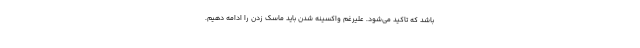
باشد که تاکید می‌شود. علیرغم واکسینه شدن باید ماسک زدن را ادامه دهیم.